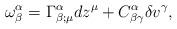
LaTeX: \begin{align*}\omega^{\alpha}_{\beta} = \Gamma^{\alpha}_{\beta;\mu} dz^{\mu} + C^{\alpha}_{\beta\gamma} \delta v^{\gamma},\end{align*}